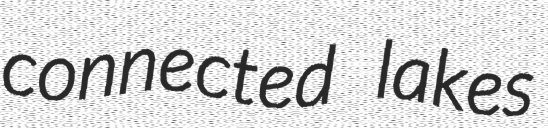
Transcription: connected lakes